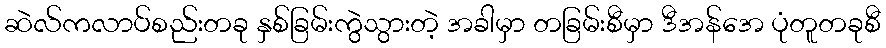
ဆဲလ်ကလာပ်စည်းတခု နှစ်ခြမ်းကွဲသွားတဲ့ အခါမှာ တခြမ်းစီမှာ ဒီအန်အေ ပုံတူတခုစီ